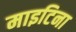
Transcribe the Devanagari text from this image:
माइटिना